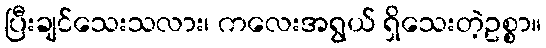
ပြီးချင်သေးသလား၊ ကလေးအရွယ် ရှိသေးတဲ့ဥစ္စာ။